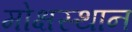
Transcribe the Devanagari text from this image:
मोक्षस्थान